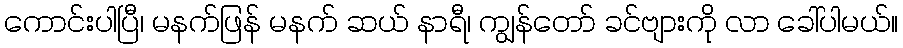
ကောင်းပါပြီ၊ မနက်ဖြန် မနက် ဆယ် နာရီ၊ ကျွန်တော် ခင်ဗျားကို လာ ခေါ်ပါမယ်။